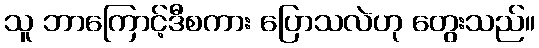
သူ ဘာကြောင့်ဒီစကား ပြောသလဲဟု တွေးသည်။